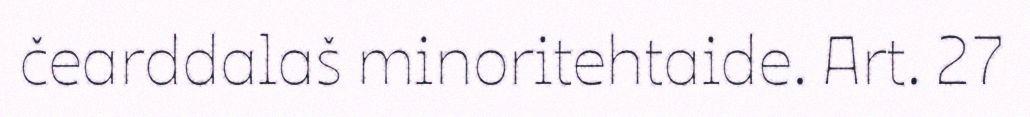
čearddalaš minoritehtaide. Art. 27